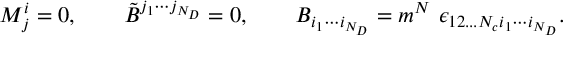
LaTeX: M _ { j } ^ { i } = 0 , \qquad \tilde { B } ^ { j _ { 1 } \cdots j _ { N _ { D } } } = 0 , \qquad B _ { i _ { 1 } \cdots i _ { N _ { D } } } = m ^ { N } \ \epsilon _ { 1 2 . . . N _ { c } i _ { 1 } \cdots i _ { N _ { D } } } .